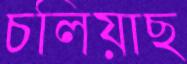
চলিয়াছ